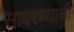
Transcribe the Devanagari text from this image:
सावरण्याची